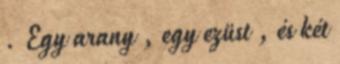
. Egy arany , egy ezüst , és két